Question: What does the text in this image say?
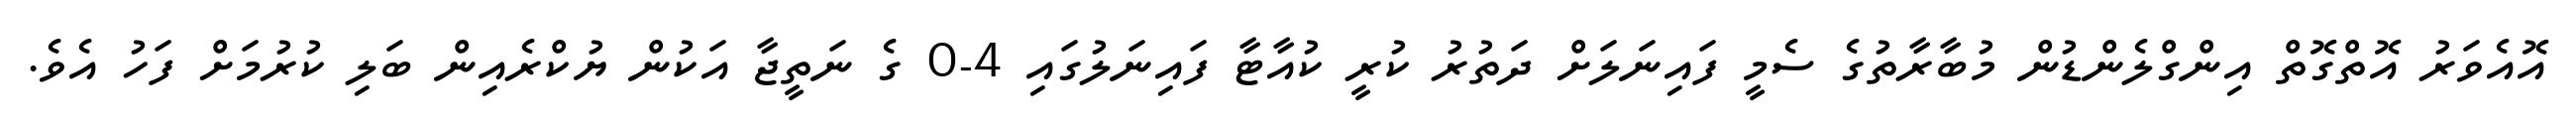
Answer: އޮއެވަރު އޮތްގޮތް އިންގްލެންޑުން މުބާރާތުގެ ސެމީ ފައިނަލަށް ދަތުރު ކުރީ ކުއާޓާ ފައިނަލުގައި 4-0 ގެ ނަތީޖާ އަކުން ޔުކްރެއިން ބަލި ކުރުމަށް ފަހު އެވެ.